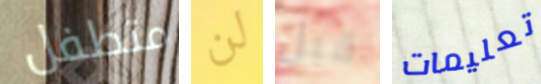
متطفل لن قبل تعليمات